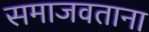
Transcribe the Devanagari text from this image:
समाजवताना